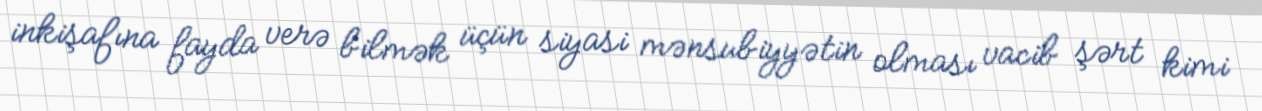
inkişafına fayda verə bilmək üçün siyasi mənsubiyyətin olması vacib şərt kimi